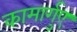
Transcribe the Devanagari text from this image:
कामार्गुए